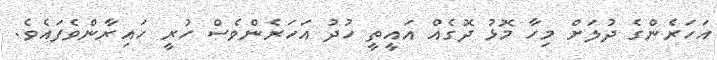
އަހަރެންގެ ދުލަށް މިހާ މޮޅު ދޮގެއް އައީތީ ހުދު އަހަރެންވެސް ހުރީ ހައިރާންވެފައެވެ.